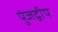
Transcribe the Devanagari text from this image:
पुंजद्वीप